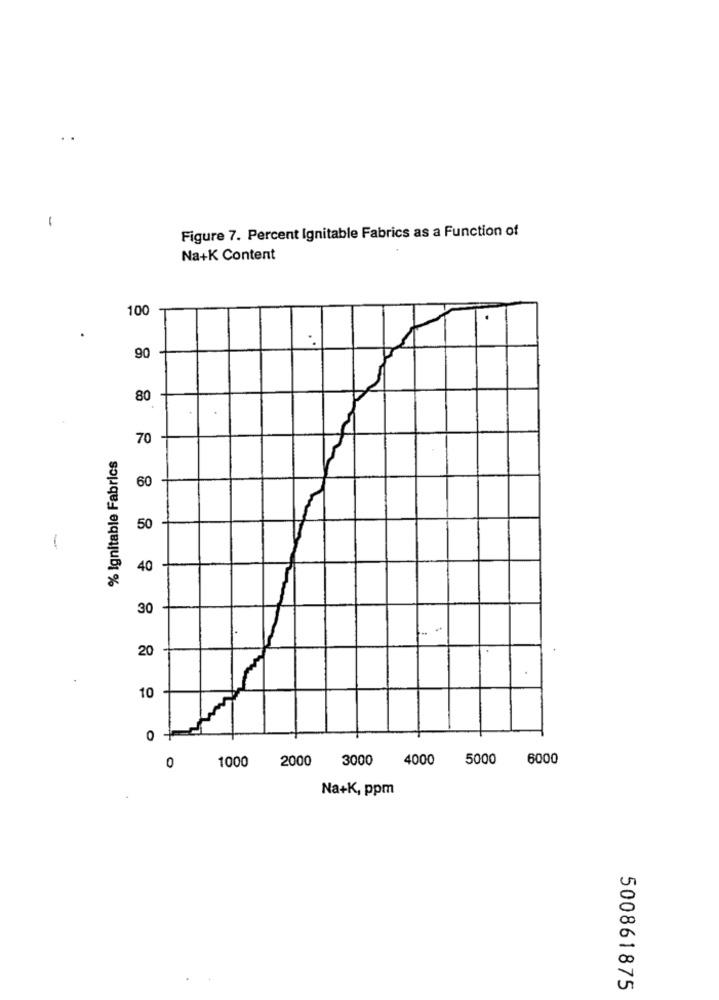
-
Figure 7. Percent Ignitable Fabrics as a Function of
Na+K Content
100
.
. .
90
80
70
% Ignitable Fabrics
60
50
1
40
30
20
10
0 +
0
1000
2000
3000
4000
5000
6000
Na+K, ppm
500861875